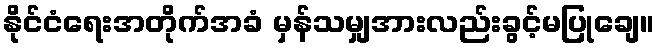
နိုင်ငံရေးအတိုက်အခံ မှန်သမျှအားလည်းခွင့်မပြုချေ။